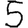
Digit: 5